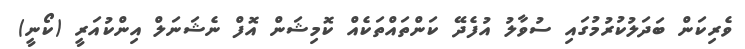
ވެރިކަން ބަދަލުކުރުމުގައި ސުވާލު އުފެދޭ ކަންތައްތަކެއް ކޮމިޝަން އޮފް ނެޝަނަލް އިންކުއަރީ (ކޯނީ)